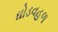
ઘોડવહળ